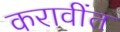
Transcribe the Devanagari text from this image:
करावींत